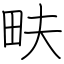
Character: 畉